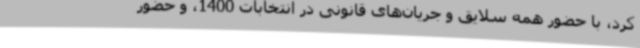
کرد، با حضور همه سلایق و جریان‌های قانونی در انتخابات 1400، و حضور